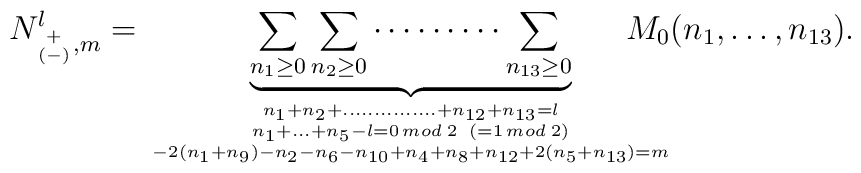
N^l_{{\scriptscriptstyle + \atop (-)},m} = \underbrace{ \sum_{n_1 \ge 0}     \sum_{n_2 \ge 0} \cdots\cdots\cdots \sum_{n_{13} \ge 0}}_    { n_1+n_2+\dots\dots\dots\dots\dots+n_{12}+n_{13}=l \atop     { n_1+\dots+n_5-l=0 \, mod \; 2 \;\; (=1 \, mod \; 2) \atop       -2(n_1+n_9)-n_2-n_6-n_{10}+n_4+n_8+n_{12}+2(n_5+n_{13})=m}}     \!\!\!\!\!\!\!\!\!\! M_0(n_1,\dots,n_{13}).